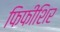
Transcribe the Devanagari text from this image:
फिफीशिर